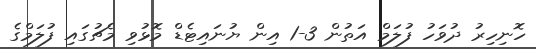
ހޮނިހިރު ދުވަހު ފުލަމް އަތުން 3-1 އިން ޔުނައިޓެޑް މޮޅުވި މެޗުގައި ފުލަމްގެ